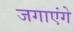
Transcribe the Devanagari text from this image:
जगाएंगे